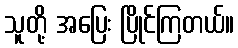
သူတို့ အပြေး ပြိုင်ကြတယ်။